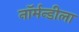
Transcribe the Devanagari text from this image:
नॉर्मन्डीला